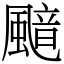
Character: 䬓